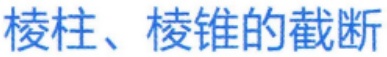
棱柱、棱锥的截断